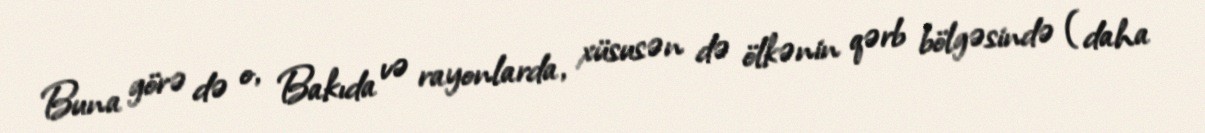
Buna görə də o, Bakıda və rayonlarda, xüsusən də ölkənin qərb bölgəsində (daha